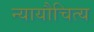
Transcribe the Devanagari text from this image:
न्यायौचित्य